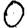
Digit: 0